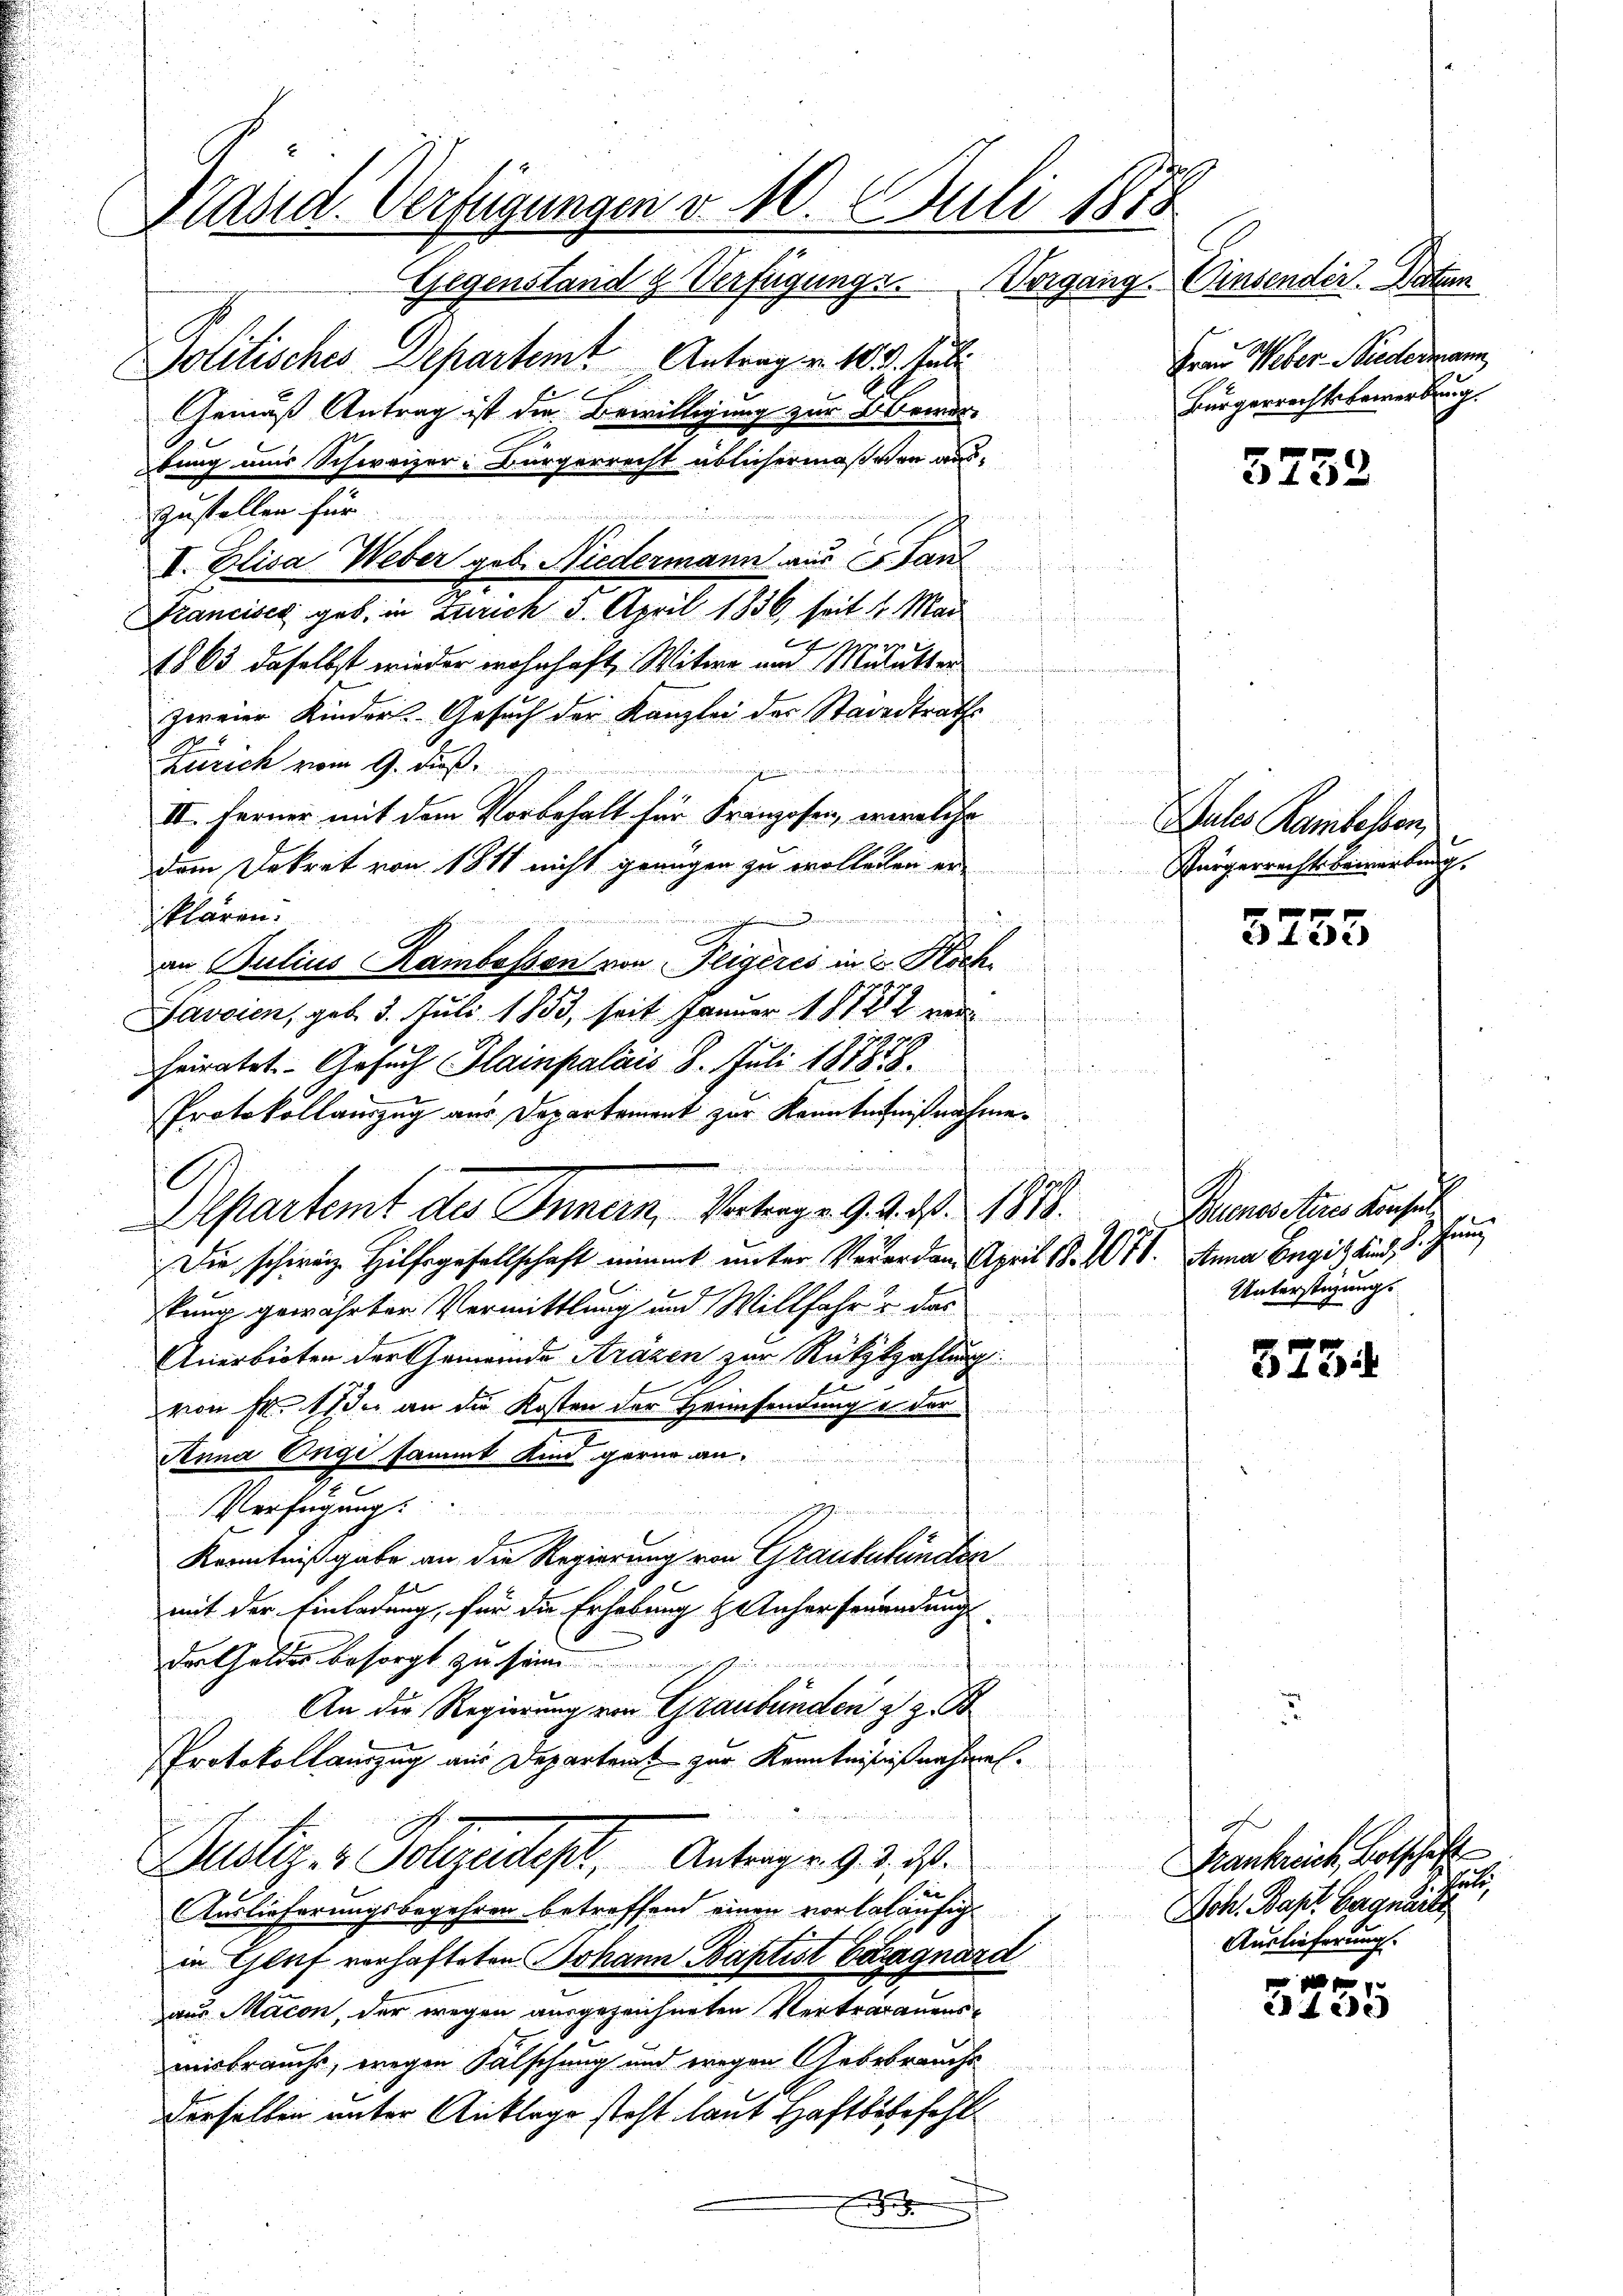
Präsid. Verfügungen v. 10. Juli 1878
Gegenstand g Verfügunge. Vorgang. Einsender. Datum
s
Frau Weber Biedermann,
Politisches Departem Antrag v. 10. d. Juli
.
Bürgerrechtsbewerbung.
Gemäß Antrag ist die Bewilligung zur Abends
bung mir Schweizer: Bürgerrecht üblichermaß von aus¬
5752

Zustellen für
d
.
Francisca geb. in Zürich 3. April 1836 seit 1 Mai
e
1863 daselbst wieder wohnhaft, Witwe und Mulutter
r
zweier Kinder Gesuch der Kanzlei der Stadträth
Zürich vom 9. Fuß
   in Beamter Begehren
wungen die in ein Bern.
II. Ferner mit dem Vorbehalt für Franzosen, welche ules Rambelben
dem Dekret von 1811 nicht genügen zu wolletten er
klären.

i
an Julius Rambassen von Feigeres in 2 Fisch
Bavaien, geb. 3. Juli 1853, seit Januar 181212 ver
Heiratet. - Gesuch Hainpalais 8. Juli 187858
kaution ein¬
Protokollauszug aus Departement zur Kenntnißnahmen
Alpartemt des Innern, Vortragen 9. 4. No. 1878. Brunnen ihr Konse
Die schweiz. Hilfsgesellschaft nimmt unter Verorden April 18. 1078. Anna Bugis Kind 3.
2
kung gewährter Vermittlung und Willfahr u das
Anerbieten der Gemeinde Arazen zur Rükstzahlung:
d
von Fr. 11 de an die Kosten der Heimsendung u. der
.
Anna Engi sammt Kind gerne annahme und und namen
Verfügung:
f
Kenntnißgabe an die Regierung von Graubutenden
mit der Einladung, für die Erhebung anherfenendung
t
2
der Geldes besorgt zu sein
. der sicht zu les eit.
An die Regierung von Graubünden z. Z. B
.
Protokollauszug aus Departent zur Kenntnißnißnahmen.
7

Justiz- & Polizeitest, Antrags 92. 1
ei
Auslieferungsbegehren betreffend einen vorlaläufig
in Gluf verhafteten Johann Baptist Begnard
aus Macon, der wegen ausgezeichneten Vertragenensmisbraucht, wegen Fälschung und wegen Gebebrauche
Derselben unter Anklage steht laut Haftbefehl
F

dieien,
I. Elisa Weber geb. Niedermann aus Stan

e

Zürgerrechts bemerkung.

5755

hun
Unterstüzungs

573.

iiede

Frankreich Botschaft
I Art.
Joh. Bapt. Bergwarte
Auslieferung.